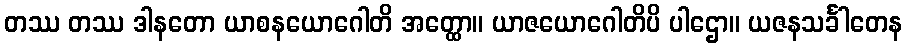
တဿ တဿ ဒါနတော ယာစနယောဂေါတိ အတ္ထော။ ယာဇယောဂေါတိပိ ပါဌော။ ယဇနသင်္ခါတေန